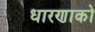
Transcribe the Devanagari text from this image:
धारणाको